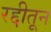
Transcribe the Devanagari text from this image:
रद्दीतून